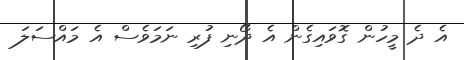
އެ ދެ މީހުން ގޮވައިގެން އެ ދޯނި ފުރި ނަމަވެސް އެ މައްސަލަ